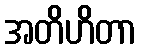
အတိဟိတာ